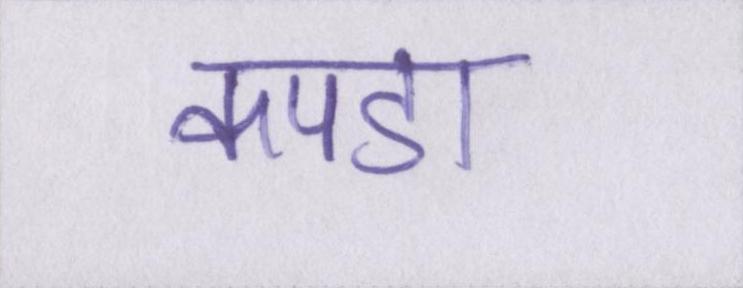
कपडा